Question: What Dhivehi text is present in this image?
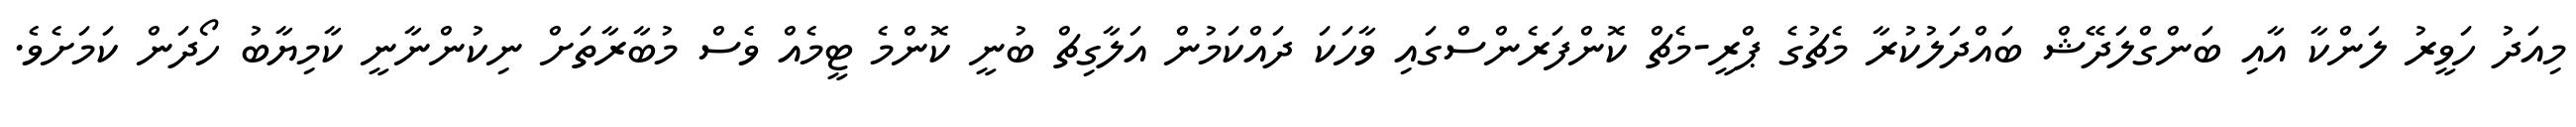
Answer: މިއަދު ހަވީރު ލަންކާ އާއި ބަންގްލަދޭޝް ބައްދަލުކުރާ މެޗުގެ ޕްރީ-މެޗް ކޮންފަރެންސްގައި ވާހަކަ ދައްކަމުން އަލާގިޗް ބުނީ ކޮންމެ ޓީމެއް ވެސް މުބާރާތަށް ނިކުންނާނީ ކާމިޔާބު ހޯދަން ކަމަށެވެ.